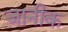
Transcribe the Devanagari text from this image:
जानीक